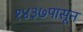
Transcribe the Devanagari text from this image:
१४३७पासून